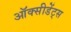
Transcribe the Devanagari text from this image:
ऑक्सीडेंट्स